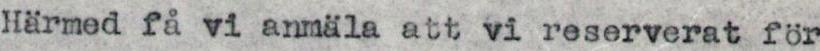
Härmed få vi anmäla att vi reserverat för